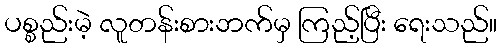
ပစ္စည်းမဲ့ လူတန်းစားဘက်မှ ကြည့်ပြီး ရေးသည်။